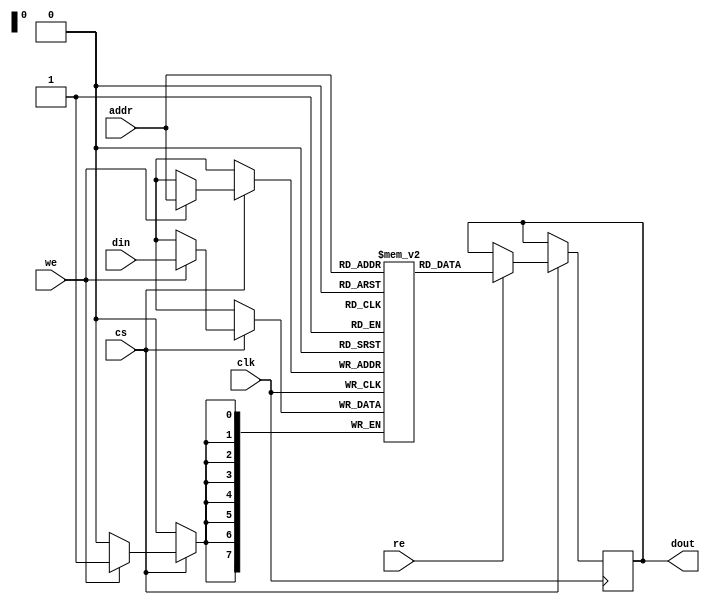
module EmbeddedSRAM #(
    parameter WORD_SIZE = 8,       // Configurable word size (8, 16, 32, etc.)
    parameter ADDR_WIDTH = 8        // Address width (depends on memory size)
)(
    input wire clk,                 // Clock signal
    input wire cs,                  // Chip Select
    input wire we,                  // Write Enable
    input wire re,                  // Read Enable
    input wire [ADDR_WIDTH-1:0] addr, // Address input
    input wire [WORD_SIZE-1:0] din,  // Data input
    output reg [WORD_SIZE-1:0] dout // Data output
);

    // Memory array declaration
    reg [WORD_SIZE-1:0] memory [(2**ADDR_WIDTH)-1:0];

    // Read/Write operations
    always @(posedge clk) begin
        if (cs) begin
            if (we) begin
                // Write operation
                memory[addr] <= din;
            end
            if (re) begin
                // Read operation
                dout <= memory[addr];
            end
        end
    end

endmodule